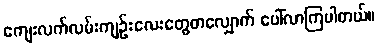
ကျေးလက်လမ်းကျဉ်းလေးတွေတလျှောက် ပေါ်လာကြပါတယ်။